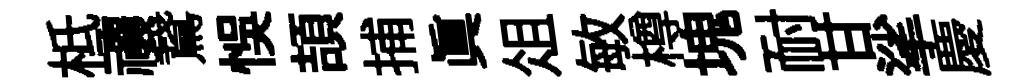
柢禳鵞悞頡捕眞俎敏樽塊耐甘挲慶